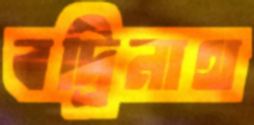
বদ্রিনাথ